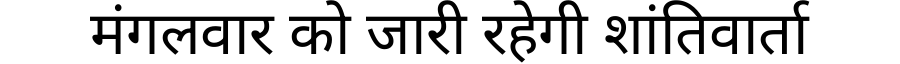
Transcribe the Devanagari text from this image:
मंगलवार को जारी रहेगी शांतिवार्ता